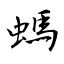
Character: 螞